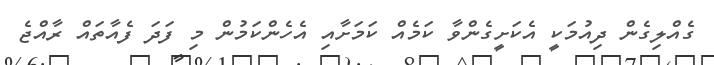
ގެއްލިގެން ދިއުމަކީ އެކަށީގެންވާ ކަމެއް ކަމަށާއި އެހެންކަމުން މި ފަދަ ފެއާތައް ރާއްޖެ